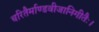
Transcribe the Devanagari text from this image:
चरितैर्माण्डवीजानिगीतैः।